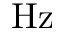
\mathrm { H z }